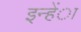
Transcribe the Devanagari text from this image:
इन्हेंा